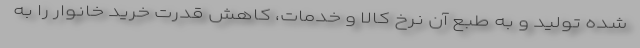
شده تولید و به طبع آن نرخ کالا و خدمات، کاهش قدرت خرید خانوار را به